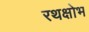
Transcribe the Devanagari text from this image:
रथक्षोभ